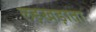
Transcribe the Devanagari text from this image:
लड़खड़ाता